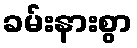
ခမ်းနားစွာ